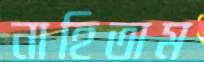
নাহিতাম